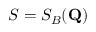
S = S _ { B } ( \mathbf { Q } )